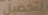
التحصيل